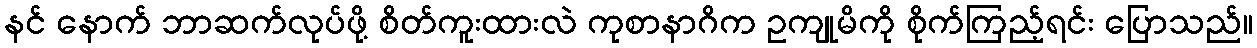
နင် နောက် ဘာဆက်လုပ်ဖို့ စိတ်ကူးထားလဲ ကုစာနာဂိက ဥကျုမိကို စိုက်ကြည့်ရင်း ပြောသည်။